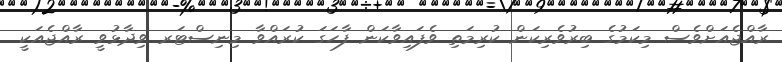
ރާއްޖެއަށްވެސް މިކަމުގެ ބިރުވެރިކަން ކުރިމަތި ވެފައިވާކަން ފާހަގަ ކުރައްވާ މިނިސްޓަރ ވިދާޅުވީ ރާއްޖެއަކީ